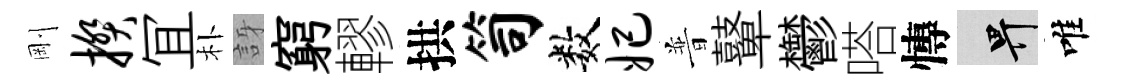
剛揆冝朴訝窮轇拱笥数妃普鼙鬱嗒慱畀唯